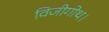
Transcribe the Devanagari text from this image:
विजीगोथ।